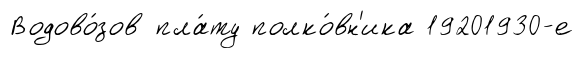
Водово́зов пла́ту полко́вн'ика 19201930-е